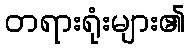
တရားရုံးများ၏